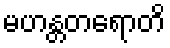
မဟန္တတရောတိ